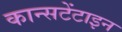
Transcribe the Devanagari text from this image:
कान्सटेंटाइन